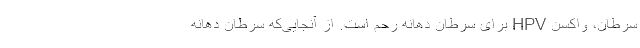
سرطان، واکسن HPV برای سرطان دهانه رحم است. از آنجایی‌که سرطان دهانه